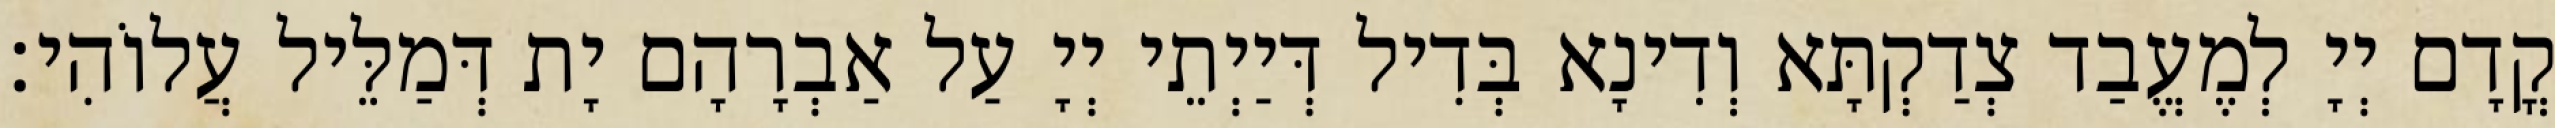
קֳדָם יְיָ לְמֶעֱבַד צְדַקְתָּא וְדִינָא בְּדִיל דְּיַיְתֵי יְיָ עַל אַבְרָהָם יָת דְּמַלֵּיל עֲלוֹהִי׃